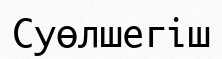
Суөлшегіш